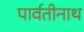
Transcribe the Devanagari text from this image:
पार्वतीनाथ